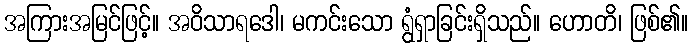
အကြားအမြင်ဖြင့်။ အဝိသာရဒေါ၊ မကင်းသော ရွံရှာခြင်းရှိသည်။ ဟောတိ၊ ဖြစ်၏။